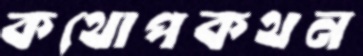
কথোপকথন